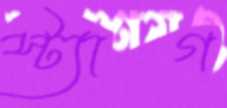
স্ট্যাগ